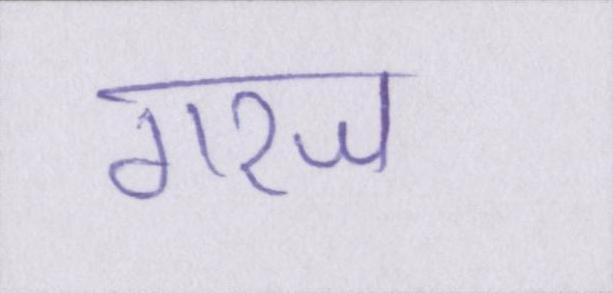
गरज